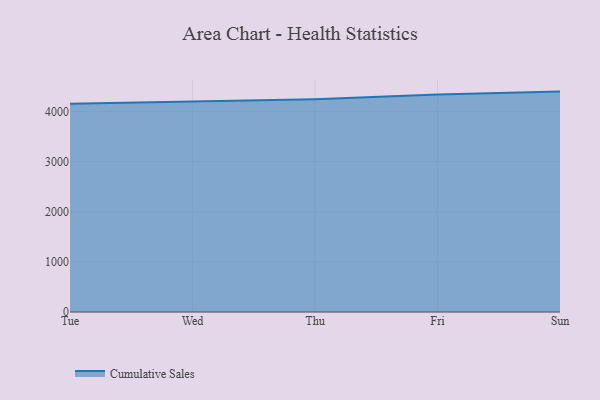
{"axis": {"x": "Day", "y": "Tickets Resolved"}, "legend": ["Cumulative Sales"], "data": [{"x": "Tue", "y": 4153.8, "type": "Cumulative Sales"}, {"x": "Wed", "y": 4205.2, "type": "Cumulative Sales"}, {"x": "Thu", "y": 4243.5, "type": "Cumulative Sales"}, {"x": "Fri", "y": 4339.6, "type": "Cumulative Sales"}, {"x": "Sun", "y": 4398.1, "type": "Cumulative Sales"}]}